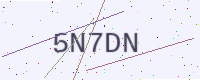
Text: 5N7DN